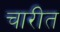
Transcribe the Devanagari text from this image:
चारीत